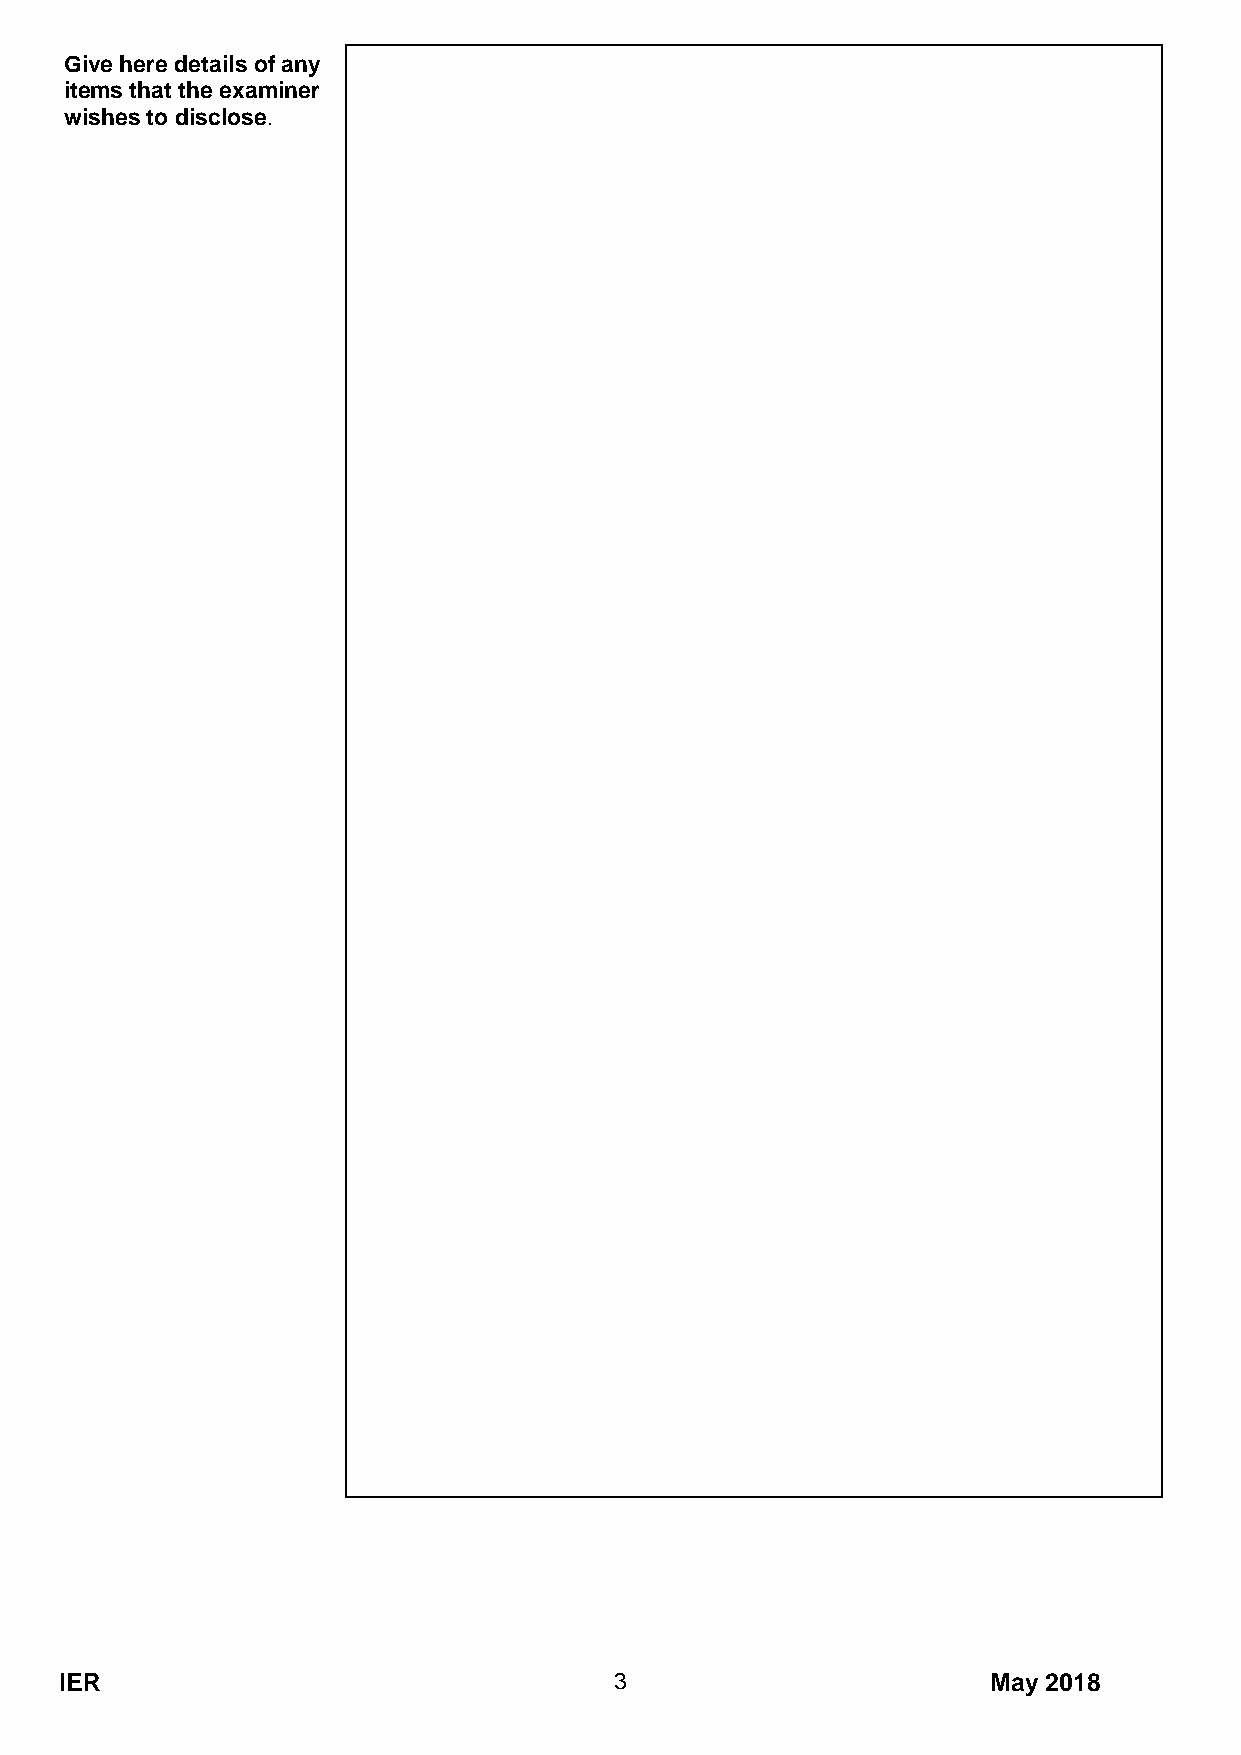
Give here details of any
 items that the examiner
 wishes to disclose.
 IER                                  3                        May 2018